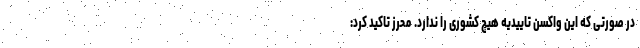
در صورتی که این واکسن تاییدیه هیچ کشوری را ندارد. محرز تاکید کرد: